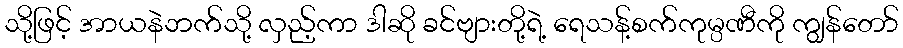
သို့ဖြင့် အာယနဲဘက်သို့ လှည့်ကာ ဒါဆို ခင်ဗျားတို့ရဲ့ ရေသန့်စက်ကုမ္ပဏီကို ကျွန်တော်